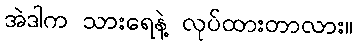
အဲဒါက သားရေနဲ့ လုပ်ထားတာလား။